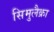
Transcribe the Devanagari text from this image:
सिमुलैक्रा